65_HS1-834228961_62-HQ-83894_Section_7
Agency: FBI
Page 38
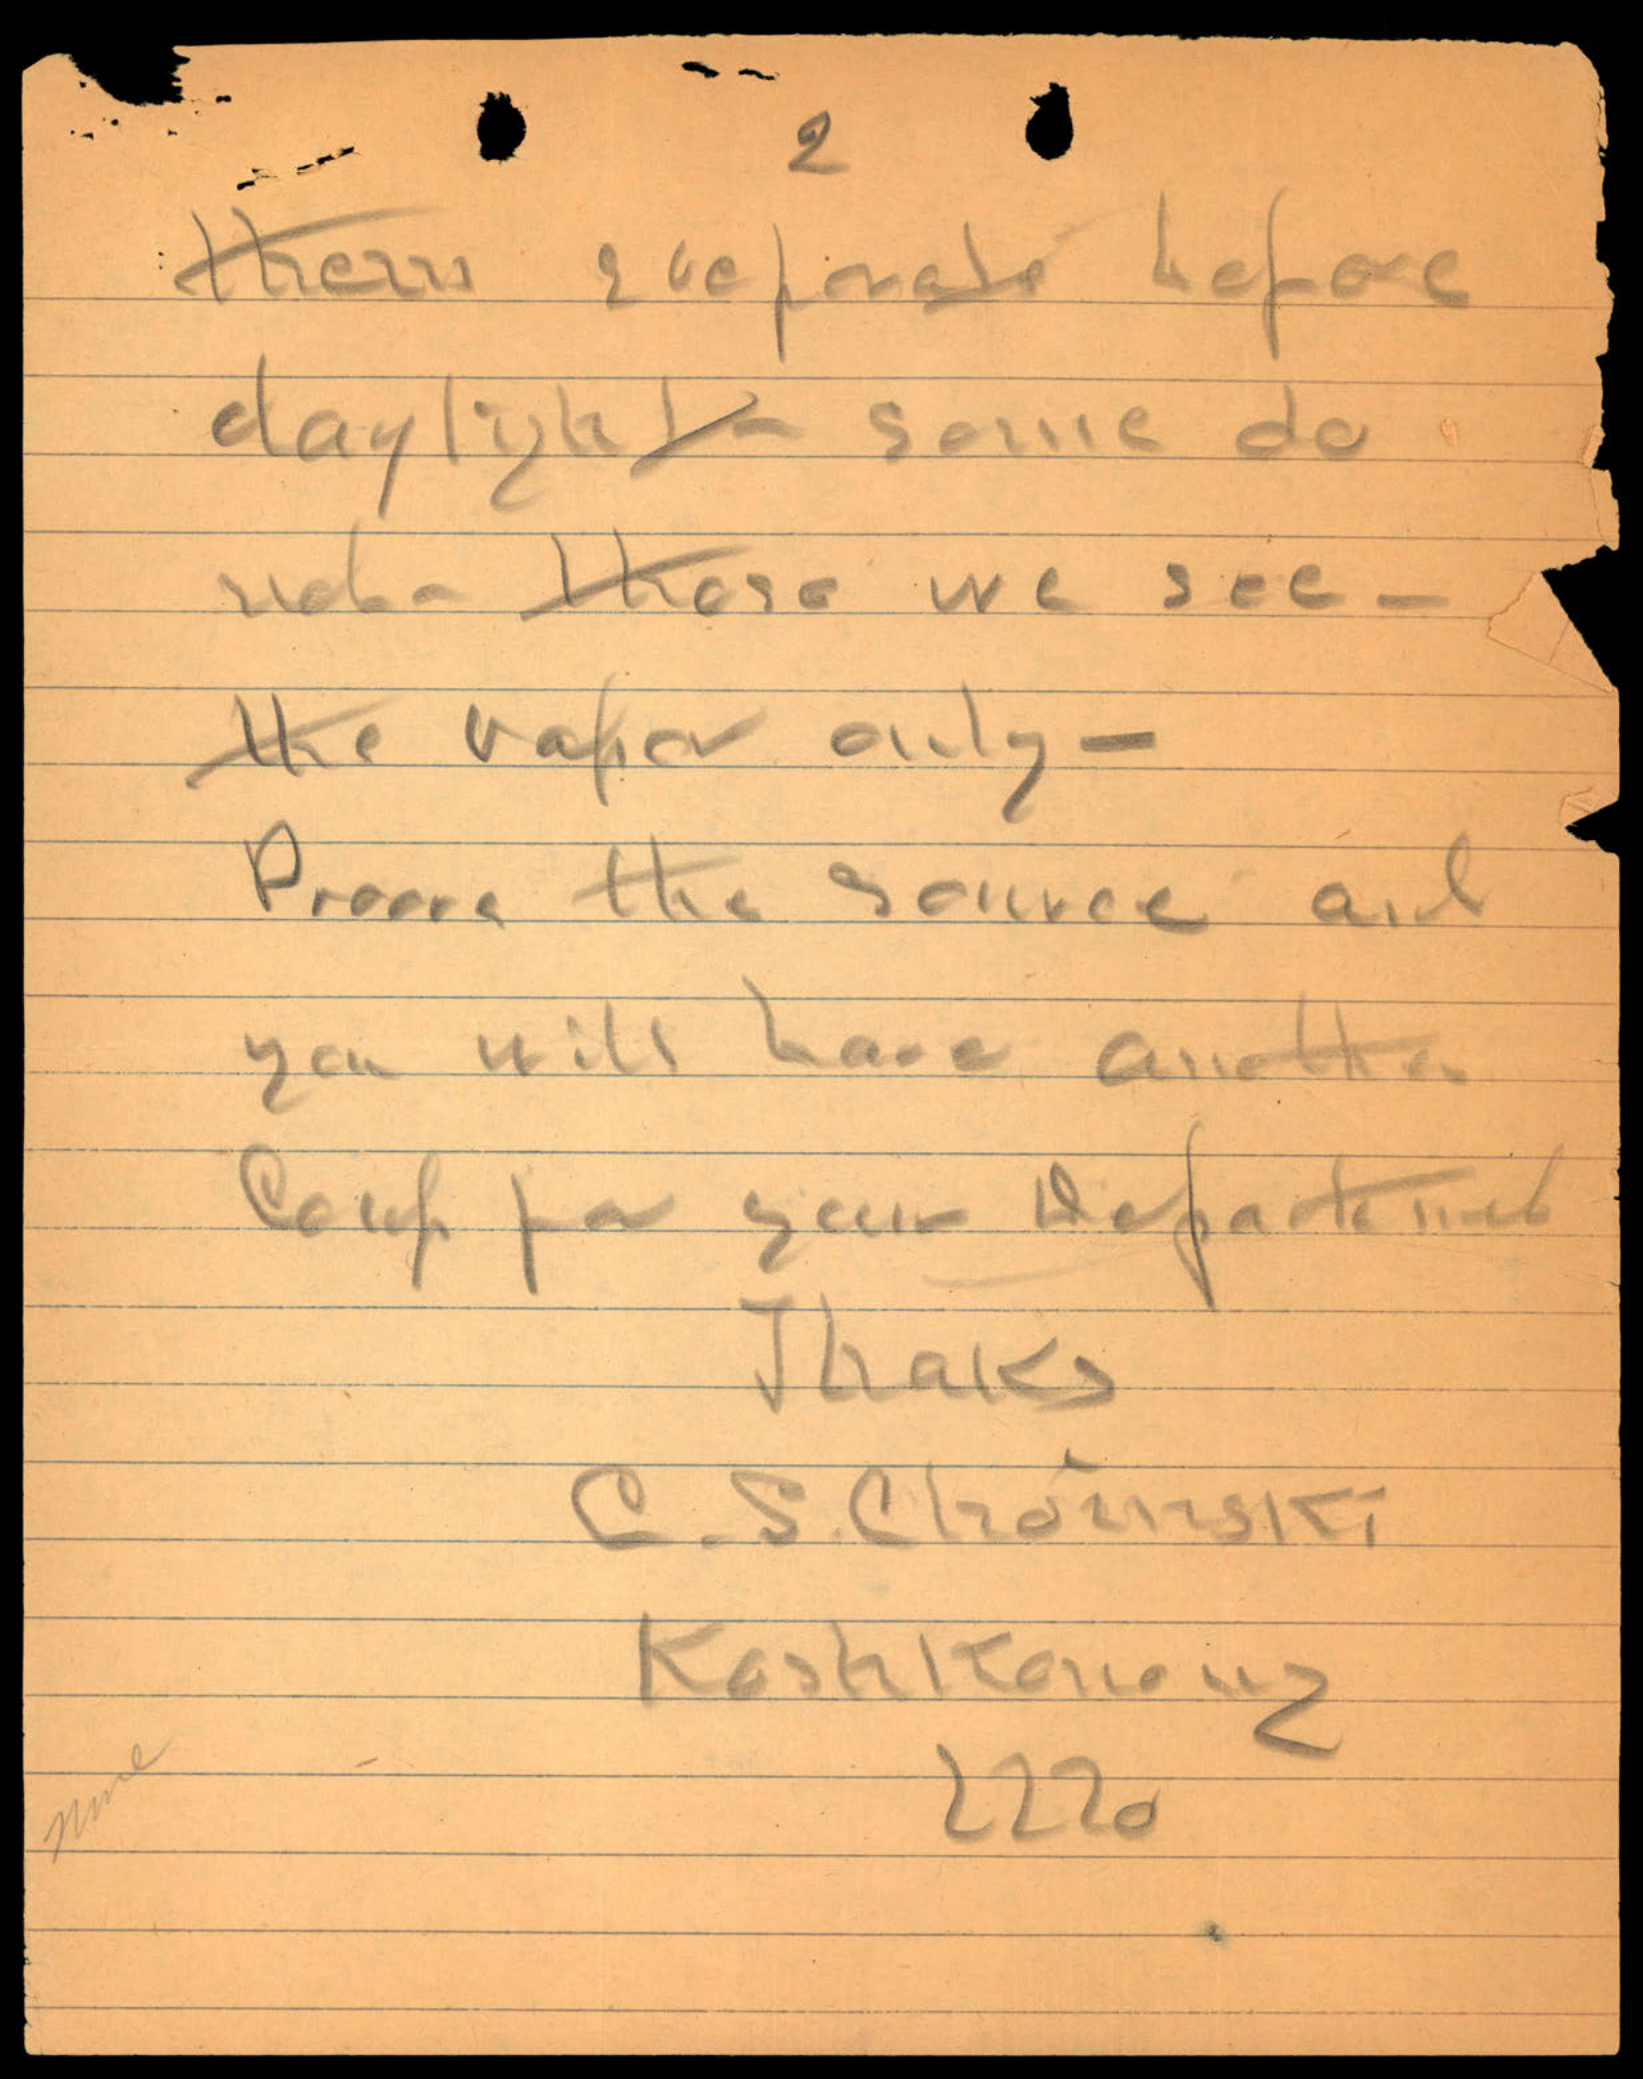